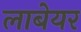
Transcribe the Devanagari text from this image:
लाबेयर